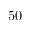
5 0